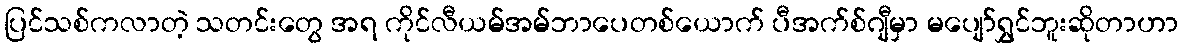
ပြင်သစ်ကလာတဲ့ သတင်းတွေ အရ ကိုင်လီယမ်အမ်ဘာပေတစ်ယောက် ပီအက်စ်ဂျီမှာ မပျော်ရွှင်ဘူးဆိုတာဟာ